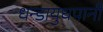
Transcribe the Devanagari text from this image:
धन्डायुधपानी